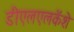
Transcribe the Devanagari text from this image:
डीएलएलकॅशे